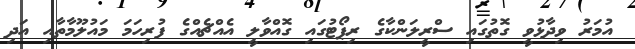
އުމަރު ވިދާޅުވީ ގޮތުގައި ސްރީލަންކާގެ ރިޕޯޓުގައި ގޮއްވާލީ އެއްޗެއްގެ ފުރިހަމަ މައުލޫމާތާއި އަދި